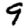
Digit: 9